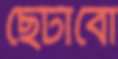
ছেটাবো